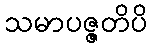
သမာပဇ္ဇတိပိ